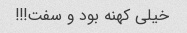
خیلی کهنه بود و سفت!!!